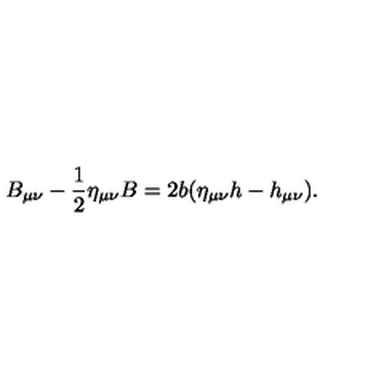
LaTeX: B _ { \mu \nu } - \frac 1 2 \eta _ { \mu \nu } B = 2 b ( \eta _ { \mu \nu } h - h _ { \mu \nu } ) .